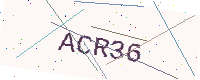
Text: ACR36